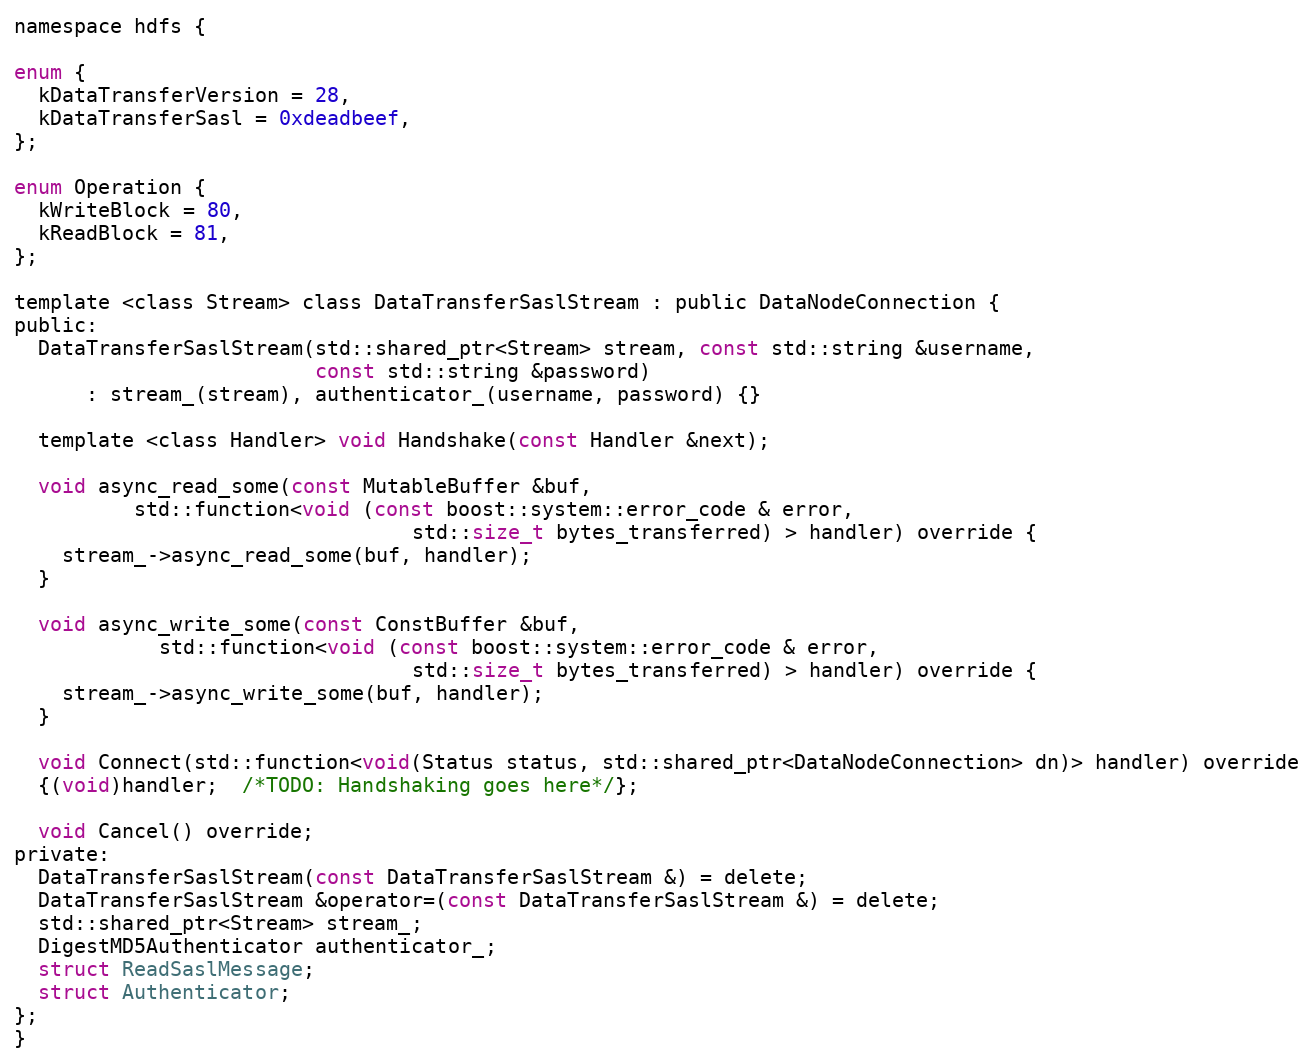
Language: C
namespace hdfs {

enum {
  kDataTransferVersion = 28,
  kDataTransferSasl = 0xdeadbeef,
};

enum Operation {
  kWriteBlock = 80,
  kReadBlock = 81,
};

template <class Stream> class DataTransferSaslStream : public DataNodeConnection {
public:
  DataTransferSaslStream(std::shared_ptr<Stream> stream, const std::string &username,
                         const std::string &password)
      : stream_(stream), authenticator_(username, password) {}

  template <class Handler> void Handshake(const Handler &next);

  void async_read_some(const MutableBuffer &buf,
          std::function<void (const boost::system::error_code & error,
                                 std::size_t bytes_transferred) > handler) override {
    stream_->async_read_some(buf, handler);
  }

  void async_write_some(const ConstBuffer &buf,
            std::function<void (const boost::system::error_code & error,
                                 std::size_t bytes_transferred) > handler) override {
    stream_->async_write_some(buf, handler);
  }

  void Connect(std::function<void(Status status, std::shared_ptr<DataNodeConnection> dn)> handler) override
  {(void)handler;  /*TODO: Handshaking goes here*/};

  void Cancel() override;
private:
  DataTransferSaslStream(const DataTransferSaslStream &) = delete;
  DataTransferSaslStream &operator=(const DataTransferSaslStream &) = delete;
  std::shared_ptr<Stream> stream_;
  DigestMD5Authenticator authenticator_;
  struct ReadSaslMessage;
  struct Authenticator;
};
}